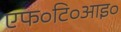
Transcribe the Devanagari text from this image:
एफ०टि०आइ०